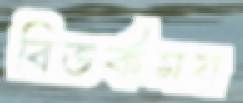
বিতর্কময়